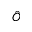
\hat { O }